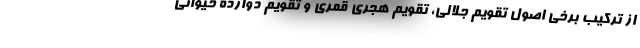
از ترکیب برخی اصول تقویم جلالی، تقویم هجری قمری و تقویم دوازده حیوانی